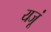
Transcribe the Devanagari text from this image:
यजूं